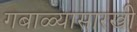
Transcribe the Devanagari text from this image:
गबाळ्यासारखी